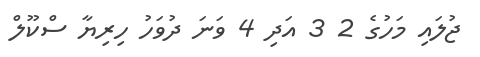
ޖުލައި މަހުގެ 2 3 އަދި 4 ވަނަ ދުވަހު ހިރިޔާ ސްކޫލް